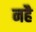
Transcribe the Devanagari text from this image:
नहै